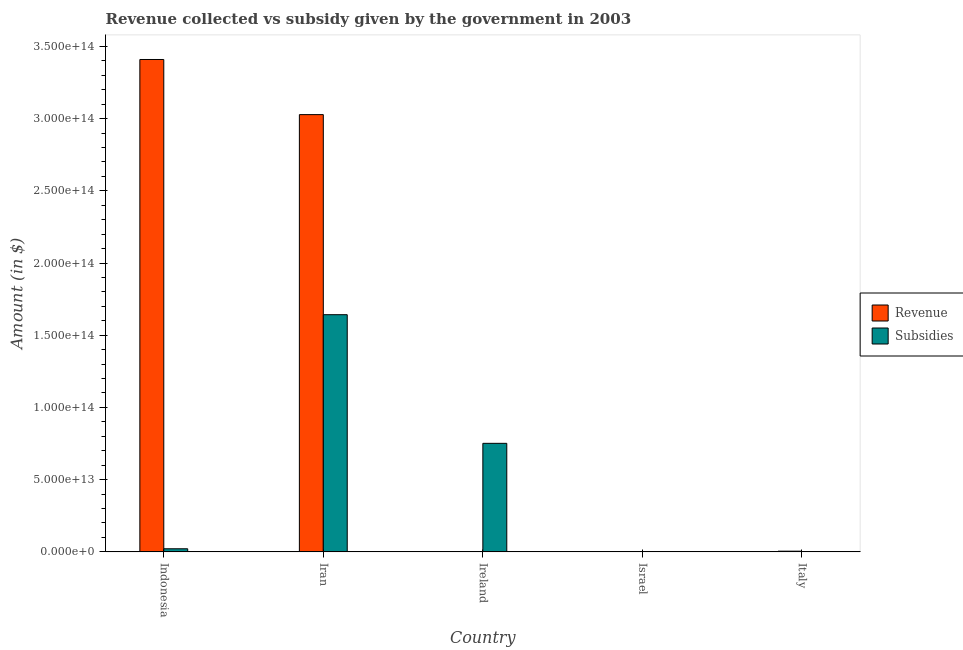
| Country | Revenue | Subsidies |
 | --- | --- | --- |
 | Indonesia | 3.41e+14 | 2.15e+12 |
 | Iran | 3.03e+14 | 1.64e+14 |
 | Ireland | 4.25e+10 | 7.52e+13 |
 | Israel | 2.11e+11 | 1.19e+10 |
 | Italy | 4.81e+11 | 7.74e+10 |